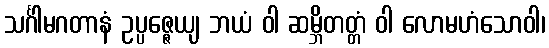
သင်္ဂါမဂတာနံ ဥပ္ပဇ္ဇေယျ ဘယံ ဝါ ဆမ္ဘိတတ္တံ ဝါ လောမဟံသောဝါ၊